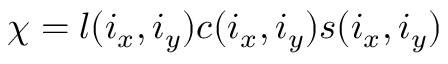
\begin{array} { r } { \chi = l ( i _ { x } , i _ { y } ) c ( i _ { x } , i _ { y } ) s ( i _ { x } , i _ { y } ) } \end{array}